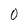
Character: 0